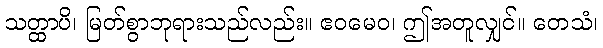
သတ္ထာပိ၊ မြတ်စွာဘုရားသည်လည်း။ ဧဝမေဝ၊ ဤအတူလျှင်။ တေသံ၊